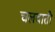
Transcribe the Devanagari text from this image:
चलवाती